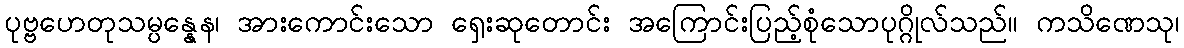
ပုဗ္ဗဟေတုသမ္ပန္နေန၊ အားကောင်းသော ရှေးဆုတောင်း အကြောင်းပြည့်စုံသောပုဂ္ဂိုလ်သည်။ ကသိဏေသု၊